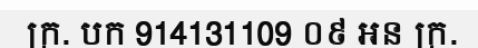
ក្រ. បក 914131109 ០៩ អន ក្រ.